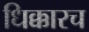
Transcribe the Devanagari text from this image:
धिक्कारच